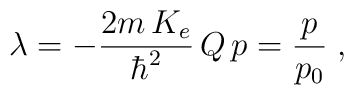
\lambda = - \frac{2 m \, K_{e}}{\hbar^{2}}{ \,  Q \, p } =\frac{p}{p_{0}} \; ,